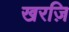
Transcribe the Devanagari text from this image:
खरज़ि